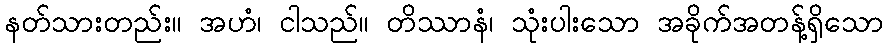
နတ်သားတည်း။ အဟံ၊ ငါသည်။ တိဿာနံ၊ သုံးပါးသော အခိုက်အတန့်ရှိသော